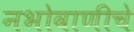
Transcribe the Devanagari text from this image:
नभोवाणीचे